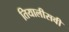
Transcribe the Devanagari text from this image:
तियालीसवी